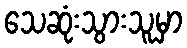
သေဆုံးသွားသူမှာ